Lunatic asylums Madras 1892-1911 - 1892-1911
Year: 1892
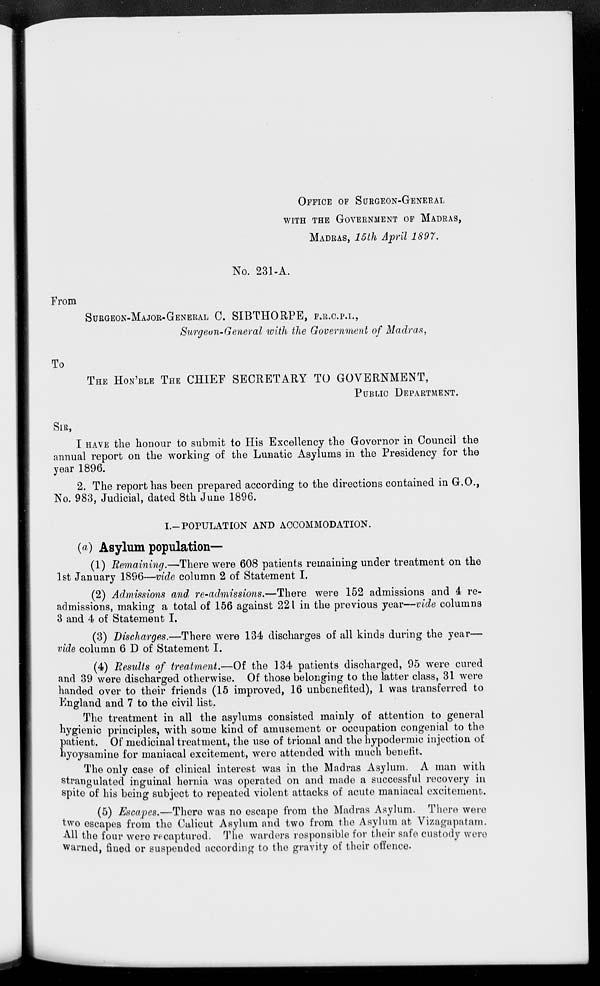
OFFICE OF SURGEON-GENERAL
WITH THE GOVERNMENT OF MADRAS,
MADRAS, 15 th April 1897.
From
To
No. 231-A.
SURGEON-MAJOR-GENERAL C. SIBTHORPB, F.R.C.P.L,
Surgeon-General with the Government of Madras,
THE HON'BLE THE CHIEF SECRETARY TO GOVERNMENT,
PUBLIC DEPARTMENT.
SIR,
I HAVE the honour to submit to His Excellency the Governor in Council the
annual report on the working of the Lunatic Asylums in the Presidency for the
year 1896.
2. The report has been prepared according to the directions contained in G.O.,
No. 983, Judicial, dated 8th June 1896.
I.-POPULATION AND ACCOMMODATION.
(a) Asylum population—
(1) Remaining.—There were 608 patients remaining under treatment on the
1st January 1896—vide column 2 of Statement I,
(2) Admissions and. re-admissions.—There were 152 admissions and 4 re-
admissions, making a total of 156 against 221 in the previous year—vide columns
3 and 4 of Statement I.
(3) Discharges.—There were 134 discharges of all kinds during the year—
vide column 6 D of Statement I.
(4) Results of treatment.—Of the 134 patients discharged, 95 were cured
and 39 were discharged otherwise. Of those belonging to the latter class, 31 were
handed over to their friends (15 improved, 16 unbenefited), 1 was transferred to
England and 7 to the civil list.
The treatment in all the asylums consisted mainly of attention to general
hygienic principles, with some kind of amusement or occupation congenial to the
patient. Of medicinal treatment, the use of trional and the hypodermic injection of
hyoysamine for maniacal excitement, were attended with much benefit.
The only case of clinical interest was in the Madras Asylum. A man with
strangulated inguinal hernia was operated on and made a successful recovery in
spite of his being subject to repeated violent attacks of acuto maniacal excitement.
(5) Escapes.—There was no escape from the Madras Asylum. There were
two escapes from the Calicut Asylum and two from tlie Asylum at Vizagapatam.
All the four were recaptured. The warders responsible for their safe custody were
warned, fined or suspended according to the gravity of their offence.